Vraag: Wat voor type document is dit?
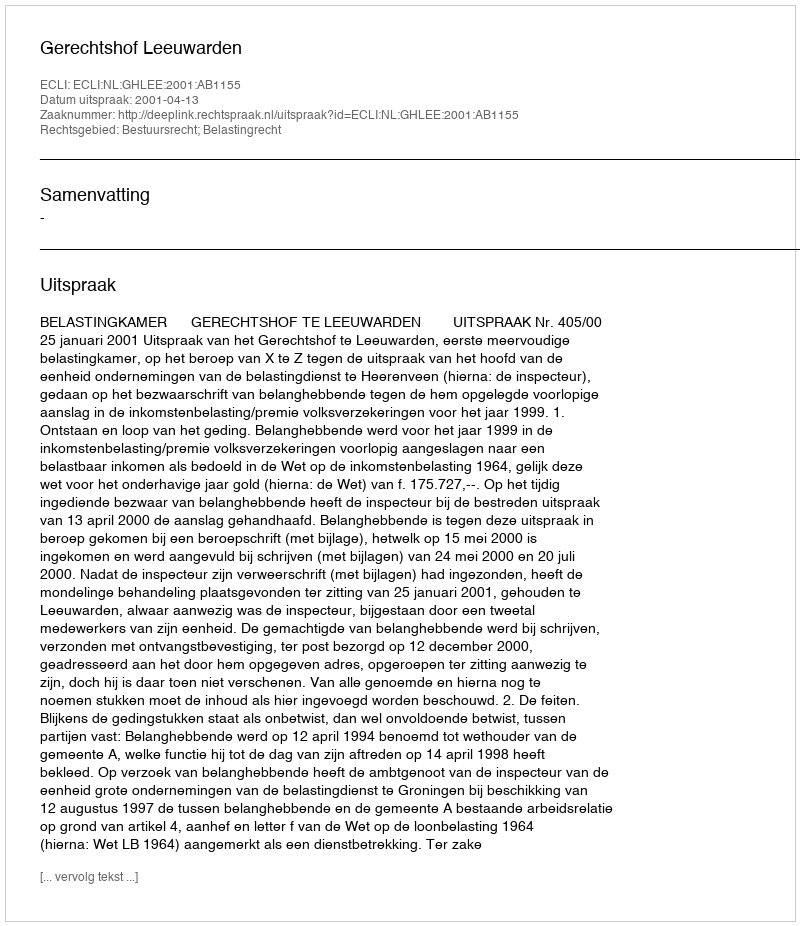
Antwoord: Uitspraak